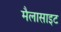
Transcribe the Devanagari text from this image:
मैलासाइट